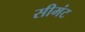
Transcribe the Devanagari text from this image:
सीमंट